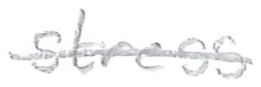
Text: stress
Cross-out: single-line
Writing tool: pencil